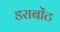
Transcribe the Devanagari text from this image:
डराबोंट